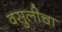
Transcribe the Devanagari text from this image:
वसुलीचा